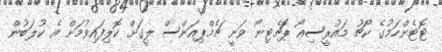
ޓޮޓެންހަމުގެ ކޯޗު މައުރީސިއޯ ޕޮޗެޓިނޯ ވަނީ ޗެމްޕިއަންސް ލީގަށް ކޮލިފައިވުމަށް އެ ކުލަބުން